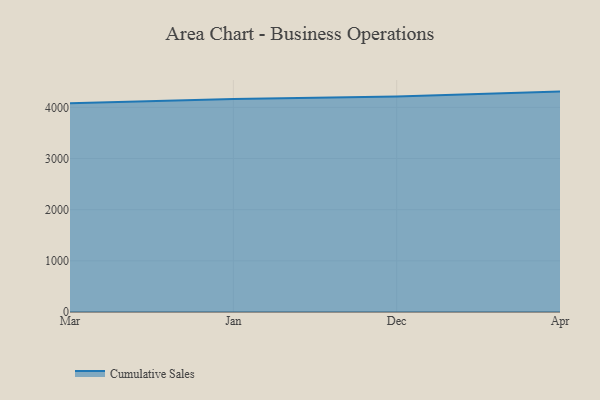
{"axis": {"x": "Month", "y": "Revenue (USD Million)"}, "legend": ["Cumulative Sales"], "data": [{"x": "Mar", "y": 4078.5, "type": "Cumulative Sales"}, {"x": "Jan", "y": 4162.1, "type": "Cumulative Sales"}, {"x": "Dec", "y": 4215.0, "type": "Cumulative Sales"}, {"x": "Apr", "y": 4308.4, "type": "Cumulative Sales"}]}